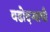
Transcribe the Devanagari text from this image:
वडोदऱ्याची